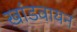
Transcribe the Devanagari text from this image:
खांडवायन